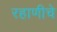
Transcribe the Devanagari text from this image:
रहाणीचे